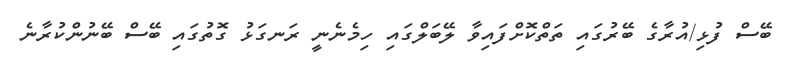
ބޭސް ފުޅި/އުރާގެ ބޭރުގައި ތަތްކޮށްފައިވާ ލޭބަލްގައި ހިމެނެނީ ރަނގަޅު ގޮތުގައި ބޭސް ބޭނުންކުރާނެ